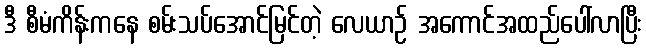
ဒီ စီမံကိန်းကနေ စမ်းသပ်အောင်မြင်တဲ့ လေယာဉ် အကောင်အထည်ပေါ်လာပြီး